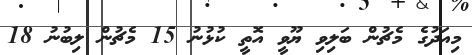
މިއަދުގެ މެޗުން ބަލިވި ޔޫވީ އޮތީ ކުޅުނު 15 މެޗުން ލިބުނު 18